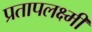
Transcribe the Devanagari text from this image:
प्रतापलक्ष्मी